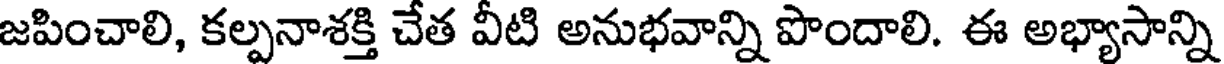
జపించాలి, కల్పనాశక్తి చేత వీటి అనుభవాన్ని పొందాలి. ఈ అభ్యాసాన్ని